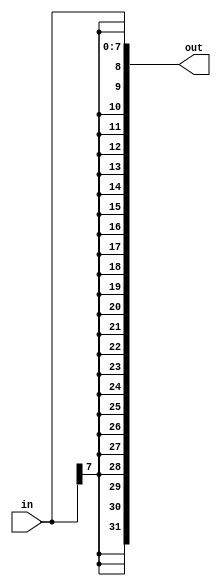
module top_module (
    input [7:0] in,
    output [31:0] out );

    assign out = { {24{in[7]}} ,in };

endmodule